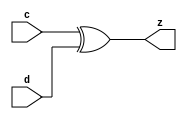
`timescale 1ns / 1ps
//////////////////////////////////////////////////////////////////////////////////
// Company: 
// Engineer: 
// 
// Design Name: 
// Module Name: xor
// Project Name: 
// Target Devices: 
// Tool Versions: 
// Description: 
// 
// Dependencies: 
// 
// Revision:
// Revision 0.01 - File Created
// Additional Comments:
// 
//////////////////////////////////////////////////////////////////////////////////


module xor2 (
    input c,
    input d,
    output z
    );
    
    assign z = c ^ d;
    
endmodule